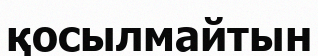
қосылмайтын